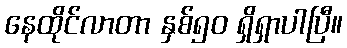
နေထိုင်လာတာ နှစ်၅၀ ရှိရှာပါပြီ။